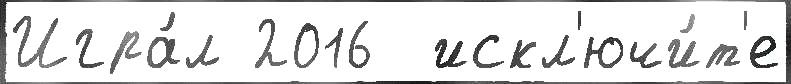
Игра́л 2016  искл'ючи́т'е